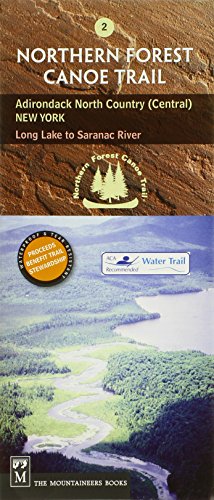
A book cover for Northern Forest Canoe Trail: Adirondack North Country (Central), New York, Long Lake to Saranac River (Northern Forest Canoe Trail Maps); Northern Forest Canoe Trail; Travel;